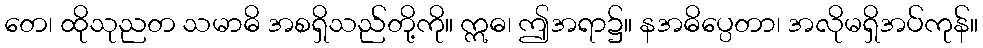
တေ၊ ထိုသုညတ သမာဓိ အစရှိသည်တို့ကို။ ဣဓ၊ ဤအရာ၌။ နအဓိပ္ပေတာ၊ အလိုမရှိအပ်ကုန်။